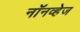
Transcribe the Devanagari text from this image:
नॉनव्हेज